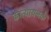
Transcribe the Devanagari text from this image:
कात्यायनके